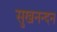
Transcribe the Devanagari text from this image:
सुखनन्दन